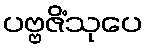
ပဗ္ဗဇိံသုပေ